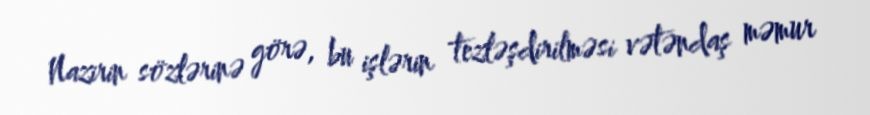
Nazirin sözlərinə görə, bu işlərin tezləşdirilməsi vətəndaş məmur